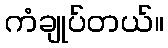
ကံချုပ်တယ်။